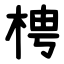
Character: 梬